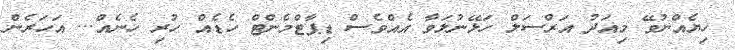
ހިޔެއްނުވޭ މިއަދު އަރްސަލް ހަޅޭނުލަވާ އެއްވެސް ޑިޕާޓްމެންޓް ހެޑެއް ހުރި ހެނެއް... އަހަރެން